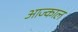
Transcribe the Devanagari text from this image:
आज्काल